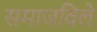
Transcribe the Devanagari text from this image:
समाजविलें